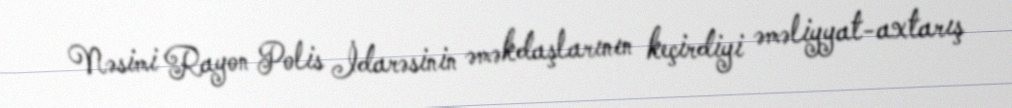
Nəsimi Rayon Polis İdarəsinin əməkdaşlarının keçirdiyi əməliyyat-axtarış